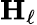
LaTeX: \mathbf{H}_{\ell}